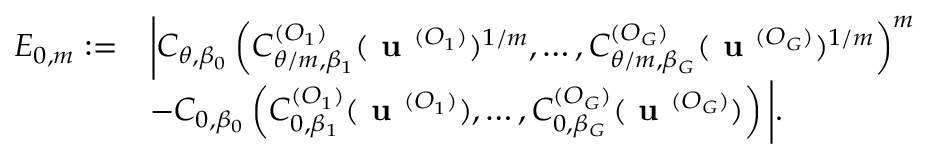
\begin{array} { r l } { E _ { 0 , m } : = } & { \bigg | C _ { \theta , \beta _ { 0 } } \left( C _ { \theta / m , \beta _ { 1 } } ^ { ( O _ { 1 } ) } ( \textbf { u } ^ { ( O _ { 1 } ) } ) ^ { 1 / m } , \dots , C _ { \theta / m , \beta _ { G } } ^ { ( O _ { G } ) } ( \textbf { u } ^ { ( O _ { G } ) } ) ^ { 1 / m } \right) ^ { m } } \\ & { - C _ { 0 , \beta _ { 0 } } \left( C _ { 0 , \beta _ { 1 } } ^ { ( O _ { 1 } ) } ( \textbf { u } ^ { ( O _ { 1 } ) } ) , \dots , C _ { 0 , \beta _ { G } } ^ { ( O _ { G } ) } ( \textbf { u } ^ { ( O _ { G } ) } ) \right) \bigg | . } \end{array}